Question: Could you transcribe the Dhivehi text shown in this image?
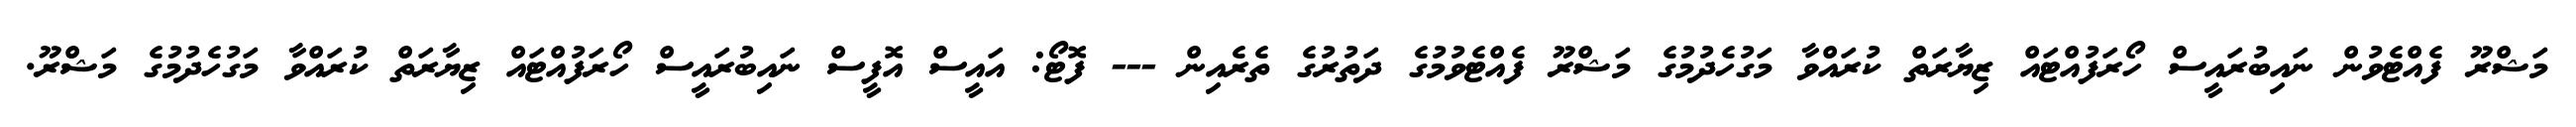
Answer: މަޝްރޫ ފެއްޓެވުން ނައިބުރައީސް ހޯރަފުއްޓައް ޒިޔާރަތް ކުރައްވާ މަގުހެދުމުގެ މަޝްރޫ ފެއްޓެވުމުގެ ދަތުރުގެ ތެރެއިން --- ފޮޓޯ: އައީސް އޮފީސް ނައިބުރައީސް ހޯރަފުއްޓައް ޒިޔާރަތް ކުރައްވާ މަގުހެދުމުގެ މަޝްރޫ.